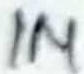
Text: 1M